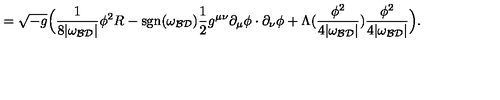
= \sqrt { - g } \Big ( \frac { 1 } { 8 | \omega _ { \cal B D } | } \phi ^ { 2 } R - \mathrm { s g n } ( \omega _ { \cal B D } ) \frac { 1 } { 2 } g ^ { \mu \nu } \partial _ { \mu } \phi \cdot \partial _ { \nu } \phi + \Lambda ( \frac { \phi ^ { 2 } } { 4 | \omega _ { \cal B D } | } ) \frac { \phi ^ { 2 } } { 4 | \omega _ { \cal B D } | } \Big ) .